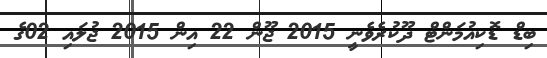
ބިޑް ޑޮކިއުމަންޓް ދޫކުރެވެނީ 2015 ޖޫން 22 އިން 2015 ޖުލައި 02ގެ